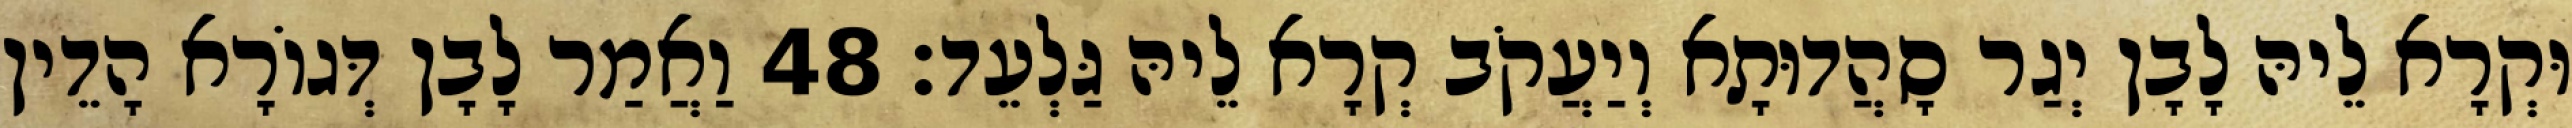
וּקְרָא לֵיהּ לָבָן יְגַר סָהֲדוּתָא וְיַעֲקֹב קְרָא לֵיהּ גַּלְעֵד׃ 48 וַאֲמַר לָבָן דְּגוֹרָא הָדֵין